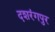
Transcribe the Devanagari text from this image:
दशरंगपुर